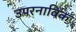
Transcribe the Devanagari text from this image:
उपरनाविक